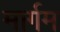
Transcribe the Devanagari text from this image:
मार्गम